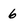
Character: 6